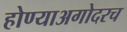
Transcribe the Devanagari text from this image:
होण्याअगोदरच